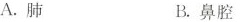
A. 肺 B. 鼻腔